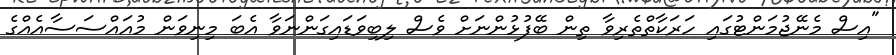
"އިސް މެނޭޖުމަންޓުގައި ހަރަކާތްތެރިވާ ތިން ބޭފުޅުންނަށް ވެސް ލިބިވަޑައިގަންނަވާ އެބަ މިނިވަން މުއައްސަސާއެއްގެ